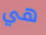
هي